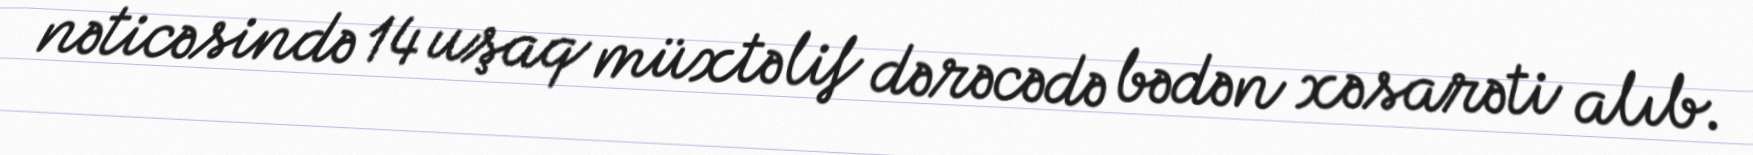
nəticəsində 14 uşaq müxtəlif dərəcədə bədən xəsarəti alıb.